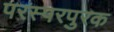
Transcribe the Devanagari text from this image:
परस्परपुरक